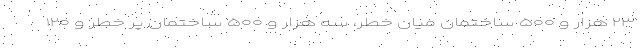
۲۳ هزار و ۵۰۰ ساختمان میان خطر،‌ سه هزار و ۵۰۰ ساختمان پر خطر و ۱۲۰